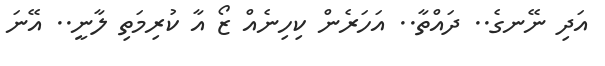
އަދި ނޭނގެ.. ދައްތާ.. އަހަރެން ކިހިނެއް ޒޯ އާ ކުރިމަތި ލާނީ.. އޭނަ